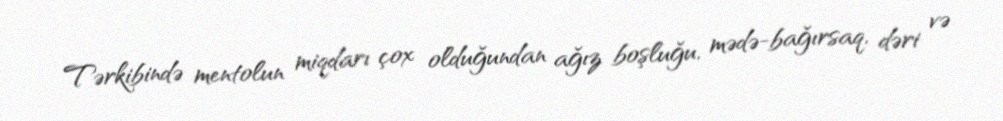
Tərkibində mentolun miqdarı çox olduğundan ağız boşluğu, mədə-bağırsaq, dəri və